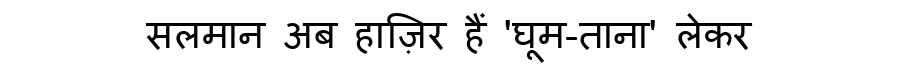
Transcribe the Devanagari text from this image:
सलमान अब हाज़िर हैं 'घूम-ताना' लेकर